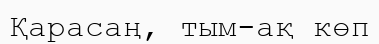
Қарасаң, тым-ақ көп